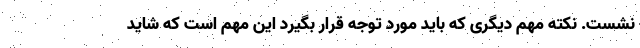
نشست. نکته مهم دیگری که باید مورد توجه قرار بگیرد این مهم است که شاید